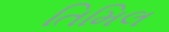
તિમિલ